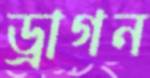
ড্রাগন